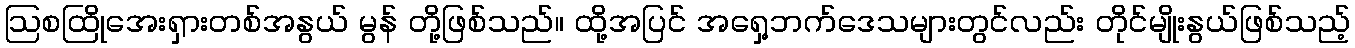
ဩစထြိုအေးရှားတစ်အနွယ် မွန် တို့ဖြစ်သည်။ ထို့အပြင် အရှေ့ဘက်ဒေသများတွင်လည်း တိုင်မျိုးနွယ်ဖြစ်သည့်